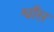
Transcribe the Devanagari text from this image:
श्वाँस